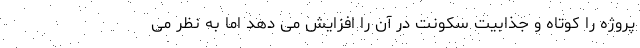
پروژه را کوتاه و جذابیت سکونت در آن را افزایش می دهد اما به نظر می